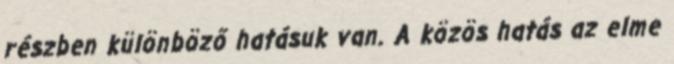
részben különböző hatásuk van. A közös hatás az elme